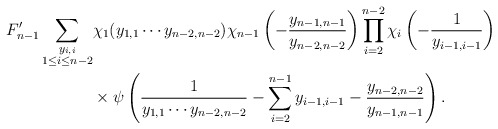
\begin{align*} F'_{n-1} \sum_{\substack{y_{i,i}\\ 1\leq i\leq n-2}} &\chi_1(y_{1,1}\cdots y_{n-2,n-2})\chi_{n-1}\left(-\frac{y_{n-1,n-1}}{y_{n-2,n-2}}\right)\prod_{i=2}^{n-2}\chi_i\left(-\frac{1}{y_{i-1,i-1}}\right) \\ & \times \psi\left(\frac{1}{y_{1,1}\cdots y_{n-2,n-2}}-\sum_{i=2}^{n-1}y_{i-1,i-1}-\frac{y_{n-2,n-2}}{y_{n-1,n-1}} \right).\end{align*}